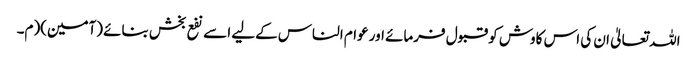
اللہ تعالیٰ ان کی اس کاوش کو قبول فرمائے اور عوام الناس کےلیے اسے نفع بخش بنائے (آمین)(م۔